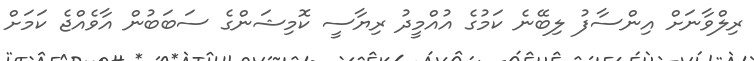
ރިލްވާނަށް އިންސާފު ލިބޭނެ ކަމުގެ އުއްމީދު ރިޔާސީ ކޮމިޝަންގެ ސަބަބުން އާވެއްޖެ ކަމަށް